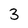
Character: 3